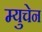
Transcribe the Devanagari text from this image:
म्युचेन